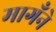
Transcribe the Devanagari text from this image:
मागँने